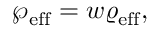
\wp _ { \mathrm { e f f } } = w \varrho _ { \mathrm { e f f } } ,